Bréfritari: Sigurbjörg Einarsdóttir
Viðtakandi: Jón Borgfirðings Jónsson
Dagsetning: A-1875-11-08
Skrifað á: Akureyri  Eyf.

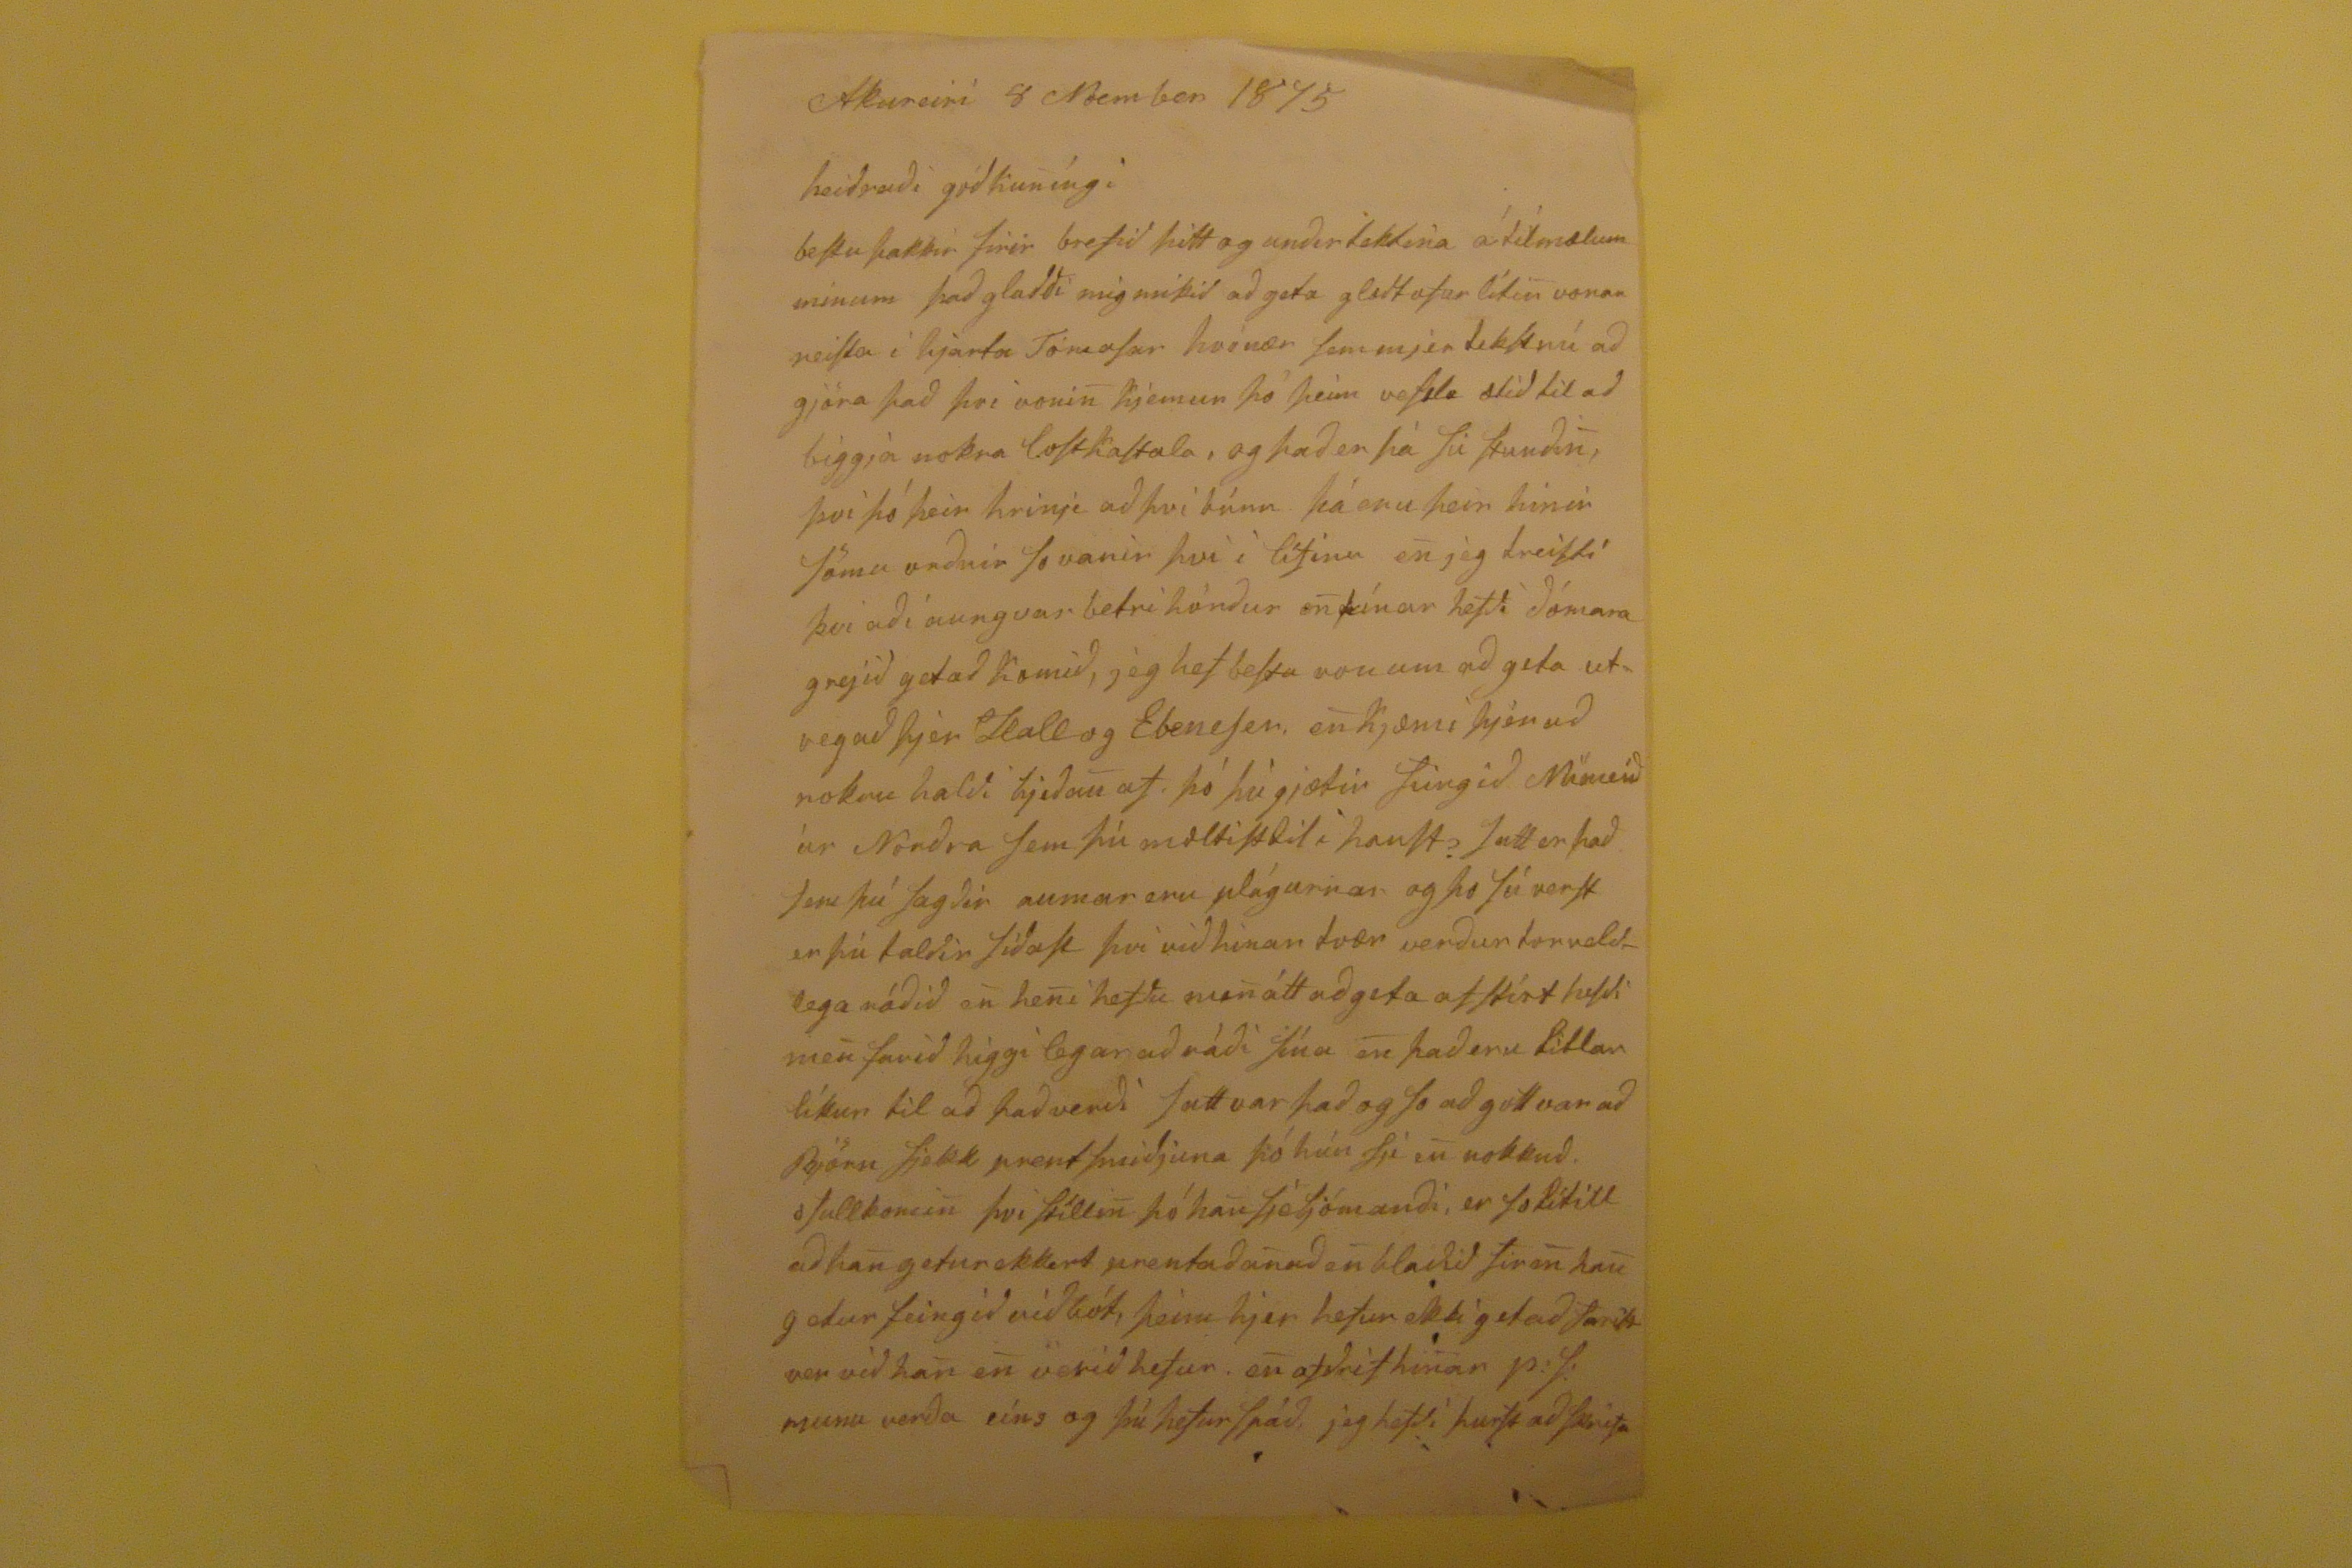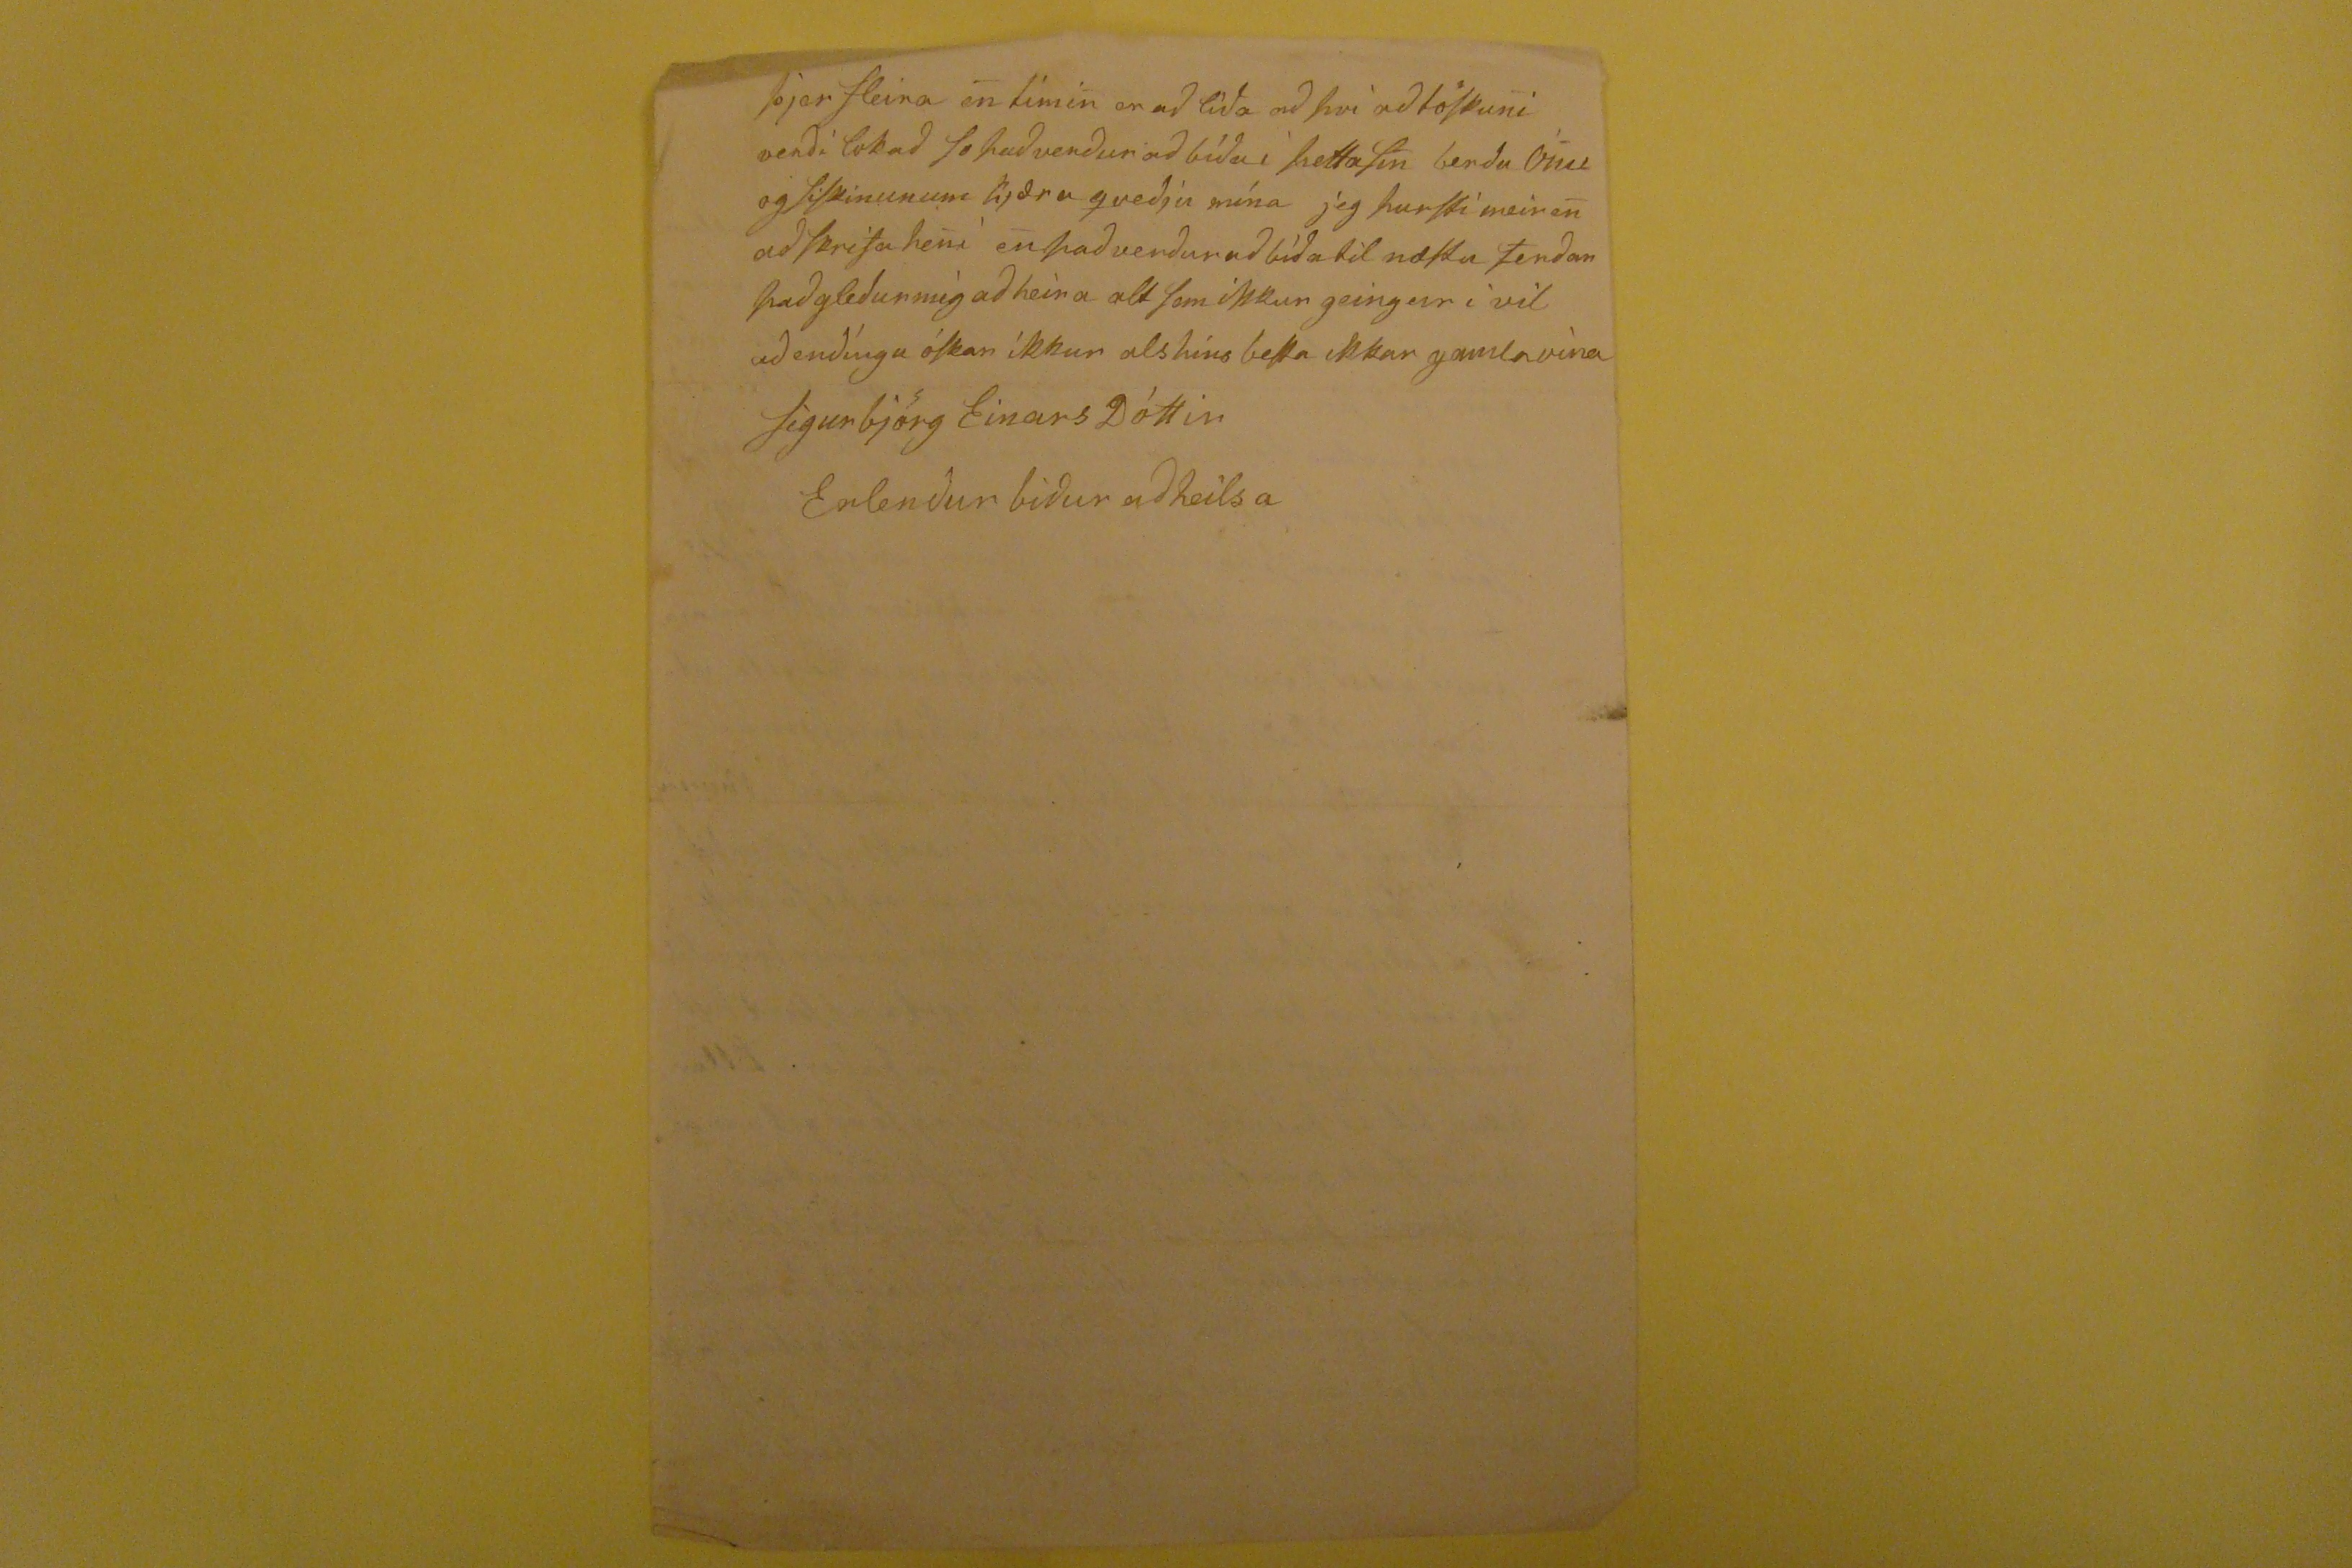

Akureiri 8 Noember 1875
heiðraði góðkuníngi
bestu þakkir firir brefið þitt og unðirtektina a tilmælum minum það glaðði mig mikið að geta
glætt
ofur litin vonar neista i hjarta Tómasar hvenær sem mjer tekst nú að gjöra það þvi vonin kjemur þó þeim vesta ætið til að biggja nokra loftkastala, og það er þá
sie
stundðin, því þó þeir hrinji að því búnu þá eru þeir hinir sömu unðnir so vanir því í lífinu en jeg treisti þvi að i aungvar betri hönður en þínar hefði dómara grejið getað komið, jeg hef bestu von um að geta utvegað þjer
Hall og Ebeneser
, en kjæmi þjer að nokru halði hjeðan af þó þú gjætir
feingið ???
úr Norðra sem þú mæltisttil i haust? Satt er það sem þú sagðir aumar eru plágurnar og þo sú verst er þú talðir síðast því við hinar tvær verður torveldlega ráðið en heni hefðu menátt að geta af stírt hefdi men farið higgilegar að ráði sínu en það eru litlar líkur til að það verði satt var það og so að gott var að Björn fjekk prentsmiðjuna þó hún sje en nokkuð ofullkomin þvi stíllin þó han sje ljómanði, er so lítill að han getur ekkert prentað anað en blaðið firen han getur feingið viðbót, þeim hjer hefur ekki getað farist ver við han en verið hefur en afðrif hinar
p:J.
munu verða eins og þú hefur spáð, jeg hefði þurft að
þrifa
þjer fleira en timin er að líða að þvi
eð
töskuni verði lokað so það verður að bíða í þetta sin berðu
Ónee
og siskinunum kjæra qveðju mína jeg þurfti meiren að skrifa heni en það verður að bíða til næstu ferðar það gleður mig ða heira alt sem ikkur geingur i vil að endíngu óskar ikkur alshins besta ikkar gamla vina
Sigurbjörg EinarsDóttir
Erlendur biður að heilsa